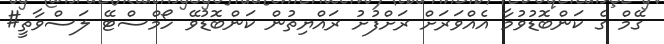
ގޭމް ގެ ކަންބޮޑުވުމާ އެއްވަރަށް ރަށްފުށު ރައްޔިތުން ކަންބޮޑުވޭ ހޯމްސްޓޭ ލަސްވާތީ#